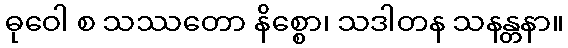
ဓုဝေါ စ သဿတော နိစ္စော၊ သဒါတန သနန္တနာ။